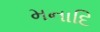
મનાદિ